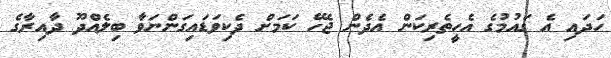
ހަދަައި އެ ގައުމުގެ އެހީތެރިކަން އެދެން ޖެހޭ ކަމަށް ދެކިވަޑައިގަންނަވާ ބިލެއްދޫ ދާއިރާގެ